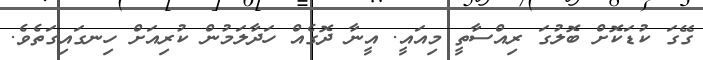
ގޭގަ ކުޑަކޮށް ބޮލުގަ ރިއްސާތީ މިއައީ. އީނާ ދޮގެއް ހަދާލަމުން ކުރިއަށް ހިނގައިގަތެވެ.